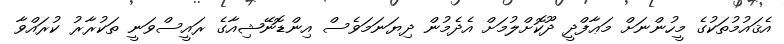
އެޤައުމުތަކުގެ މީހުންނަށް މަޢާފްދީ ދޫކޮށްލުމަށް އެދެމުން ދިޔަނަމަވެސް އިންޑޮނޭޝިއާގެ ރައީސްވަނީ ތަކުރާރު ކުރައްވާ